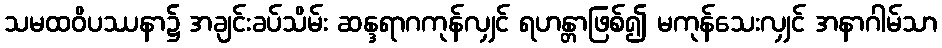
သမထဝိပဿနာ၌ အချင်းခပ်သိမ်း ဆန္ဒရာဂကုန်လျှင် ရဟန္တာဖြစ်၍ မကုန်သေးလျှင် အနာဂါမ်သာ